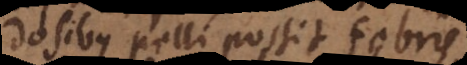
dosibus pelli possit febris,